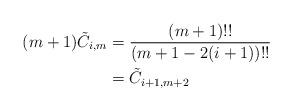
LaTeX: \begin{align*} (m + 1) \tilde C_{i, m} &= \frac{(m + 1)!!}{(m + 1 - 2(i + 1))!!}\\ &= \tilde C_{i + 1, m + 2} \end{align*}